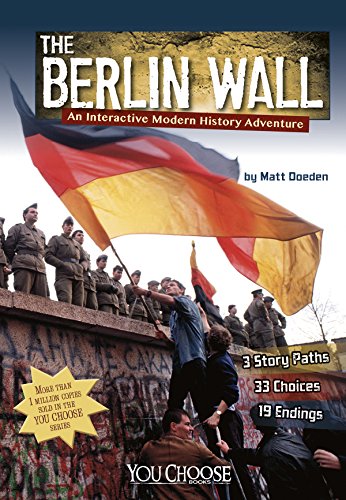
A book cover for The Berlin Wall: An Interactive Modern History Adventure (You Choose: Modern History); Matt Doeden; Children's Books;